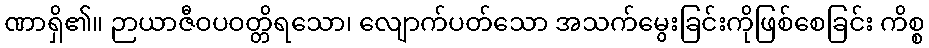
ဏာရှိ၏။ ဉာယာဇီဝပဝတ္တိရသော၊ လျောက်ပတ်သော အသက်မွေးခြင်းကိုဖြစ်စေခြင်း ကိစ္စ